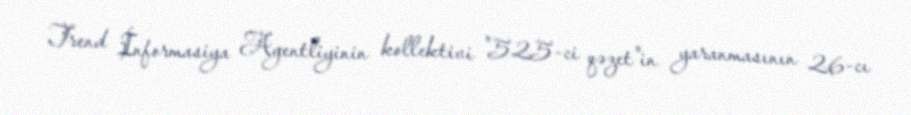
Trend İnformasiya Agentliyinin kollektivi "525-ci qəzet"in yaranmasının 26-cı